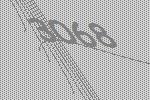
3068